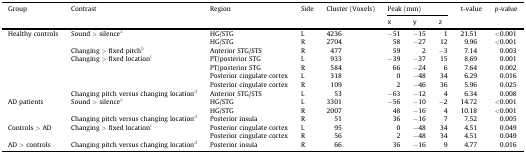
| Group | Contrast | Region | Side | Cluster (Voxels) | <COLSPAN=3> Peak (mm) | t-value | p-value |
 | x | y | z |
 | --- | --- | --- | --- | --- | --- | --- | --- | --- | --- |
 | Healthy controls | Sound > silencea | HG/STG | L | 4236 | −51 | −15 | 1 | 21.51 | <0.001 |
 | HG/STG | R | 2704 | 58 | −27 | 12 | 9.96 | <0.001 |
 | Changing > fixed pitchb | Anterior STG/STS | R | 477 | 59 | 2 | −3 | 7.14 | 0.003 |
 | Changing > fixed locationc | PT/posterior STG | L | 933 | −39 | −37 | 15 | 8.69 | 0.001 |
 | PT/posterior STG | R | 584 | 66 | −24 | 6 | 7.64 | 0.002 |
 | Posterior cingulate cortex | L | 318 | 0 | −48 | 34 | 6.29 | 0.016 |
 | Posterior cingulate cortex | R | 109 | 2 | −46 | 36 | 5.96 | 0.025 |
 | Changing pitch versus changing locationd | Anterior STG/STS | L | 53 | −63 | −12 | 4 | 6.34 | 0.008 |
 | AD patients | Sound > silencea | HG/STG | L | 3301 | −56 | −10 | −2 | 14.72 | <0.001 |
 | HG/STG | R | 2007 | 48 | −16 | 4 | 10.18 | <0.001 |
 | Changing pitch versus changing locationd | Posterior insula | R | 51 | 36 | −16 | 7 | 7.52 | 0.005 |
 | Controls > AD | Changing > fixed locationc | Posterior cingulate cortex | L | 95 | 0 | −48 | 34 | 4.51 | 0.049 |
 | Posterior cingulate cortex | R | 56 | 2 | −48 | 34 | 4.51 | 0.049 |
 | AD > controls | Changing pitch versus changing locationd | Posterior insula | R | 66 | 36 | −16 | 9 | 4.77 | 0.016 |